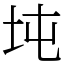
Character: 坉